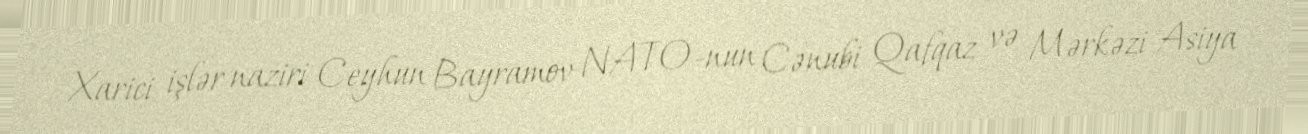
Xarici işlər naziri Ceyhun Bayramov NATO-nun Cənubi Qafqaz və Mərkəzi Asiya